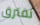
نفترق